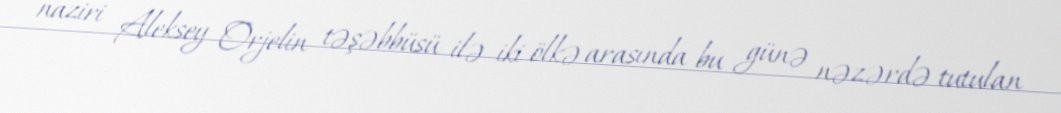
naziri Aleksey Orjelin təşəbbüsü ilə iki ölkə arasında bu günə nəzərdə tutulan